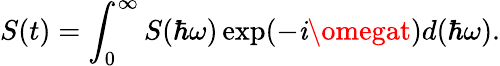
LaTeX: S(t)=\int_{0}^{\infty}S(\hbar\omega)\exp(-\mathit{i}\omegat)d(\hbar\omega).